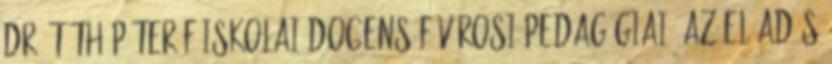
Dr. Tóth Péter főiskolai docens Fővárosi Pedagógiai. Az előadás